Regulations for the medical services of the Army of India
Year: 1930
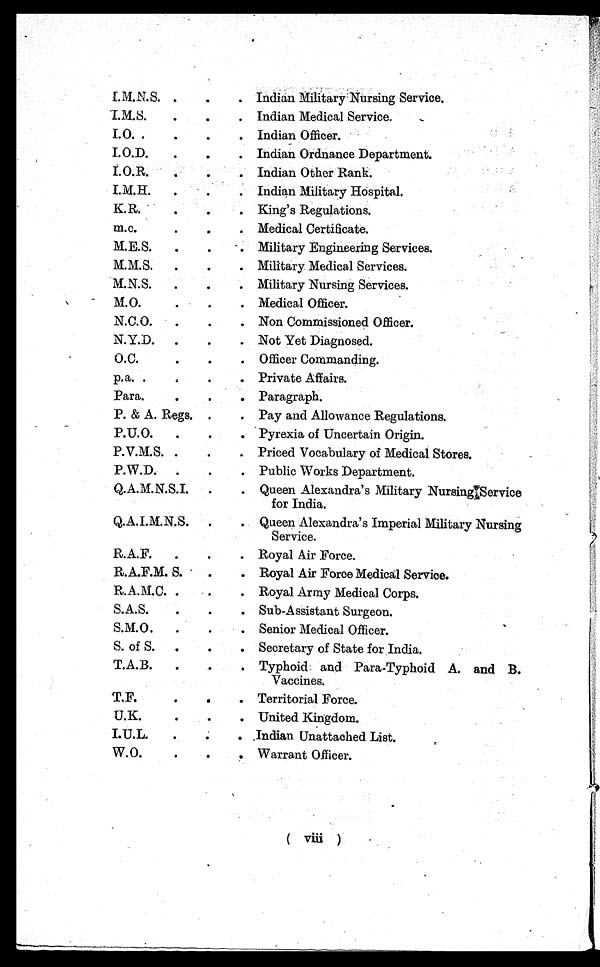
I.M.N.S. .
.
. Indian Military Nursing Service.
I.M.S.
.
. Indian Medical Service.
I.O. .
. .
.
Indian Officer.
I.O.D.
.
.
. Indian Ordnance Department.
I.O.R.
.
. Indian Other Rank.
I.M.H.
.
.
. Indian Military Hospital.
K.R.
.
.
King's Regulations.
m. c.
. . .
Medical Certificate.
M.E.S.
.
.
Military Engineering Services.
M.M.S.
.
.
. Military. Medical Services.
M.N.S.
.
.
. Military Nursing Services.
M.O.
.
.
. Medical Officer.
N.C.O.
.
.
. Non Commissioned Officer.
N.Y.D.
.
.
. Not Yet Diagnosed.
O.C. . . .
Officer Commanding.
p.a. .
.
. Private Affairs.
Para.
.
.
. Paragraph.
P. & A. Regs. .
. Pay and Allowance Regulations.
P.U.O.
.
.
. Pyrexia of Uncertain Origin.
P.V.M.S. .
.
. Priced Vocabulary of Medical Stores.
P.W.D.
.
.
. Public Works Department.
Q.A.M.N.S.I.
.
. Queen Alexandra's Military Nursing Service
for India.
Q.A.I.M.N.S.
.
. Queen Alexandra's Imperial Military Nursing
Service.
R.A.F.
.
.
. Royal Air Force.
R.A.F.M. S.
.
. Royal Air Foroe Medical Service.
R.A.M.C. .
. Royal Army Medical Corps.
S.A.S.
.
.
. Sub-Assistant Surgeon.
S.M.O.
.
.
Senior Medical Officer.
S. of S.
.
.
. Secretary of State for India.
T.A.B.
.
.
. Typhoid and Para-Typhoid A. and B.
Vaccines.
T.F.
.
.
. Territorial Force.
U.K.
.
.
. United Kingdom.
I.U.L.
.
.
. Indian Unattached List.
W.O.
.
.
Warrant Officer.